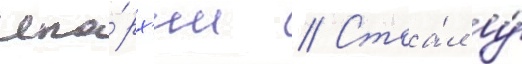
епа́рх'ии // Стоа́л у́